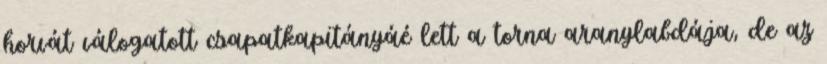
horvát válogatott csapatkapitányáé lett a torna aranylabdája, de az